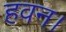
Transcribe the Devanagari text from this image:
हवन।